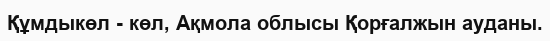
Құмдыкөл - көл, Ақмола облысы Қорғалжын ауданы.